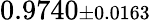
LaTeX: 0.9740{\scriptstyle\pm 0.0163}